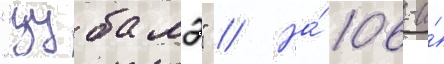
"цубамэ" // На́ 106-и́